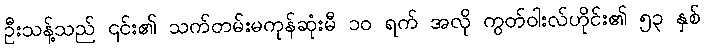
ဦးသန့်သည် ၎င်း၏ သက်တမ်းမကုန်ဆုံးမီ ၁၀ ရက် အလို ကွတ်ဝါးလ်ဟိုင်း၏ ၅၃ နှစ်